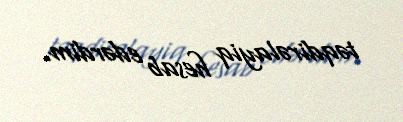
təqdirəlayiq hesab edərdim.